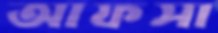
আফসা